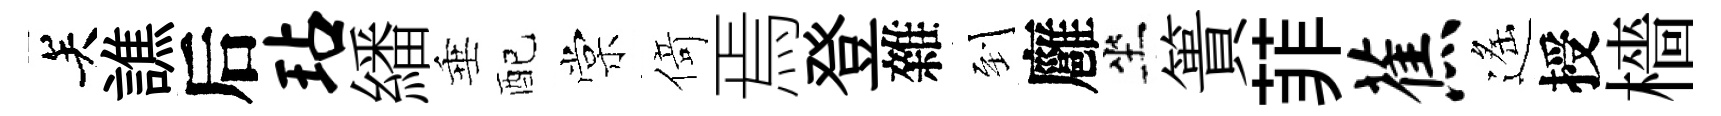
关譙后玷繙垂配棠𠋣焉登雜到廱坐簣菲蕉遙授檣